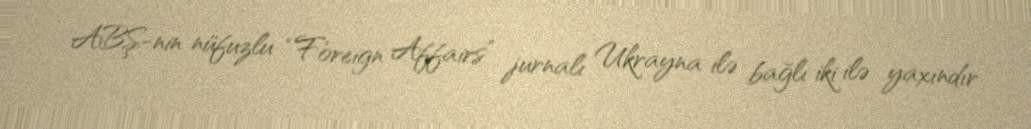
ABŞ-nin nüfuzlu “Foreign Affairs” jurnalı Ukrayna ilə bağlı iki ilə yaxındır